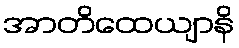
အာတိထေယျာနိ